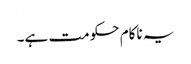
یہ ناکام حکومت ہے۔